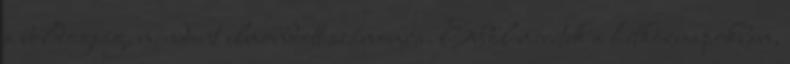
a boldogság, mindent elmondott számomra. Ebből merítek a hétköznapokban,